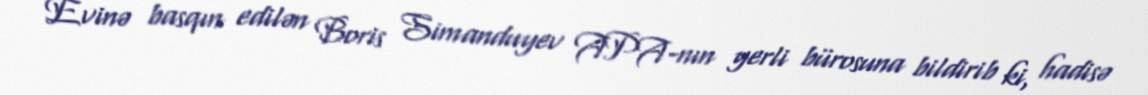
Evinə basqın edilən Boris Simanduyev APA-nın yerli bürosuna bildirib ki, hadisə